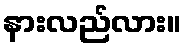
နားလည်လား။